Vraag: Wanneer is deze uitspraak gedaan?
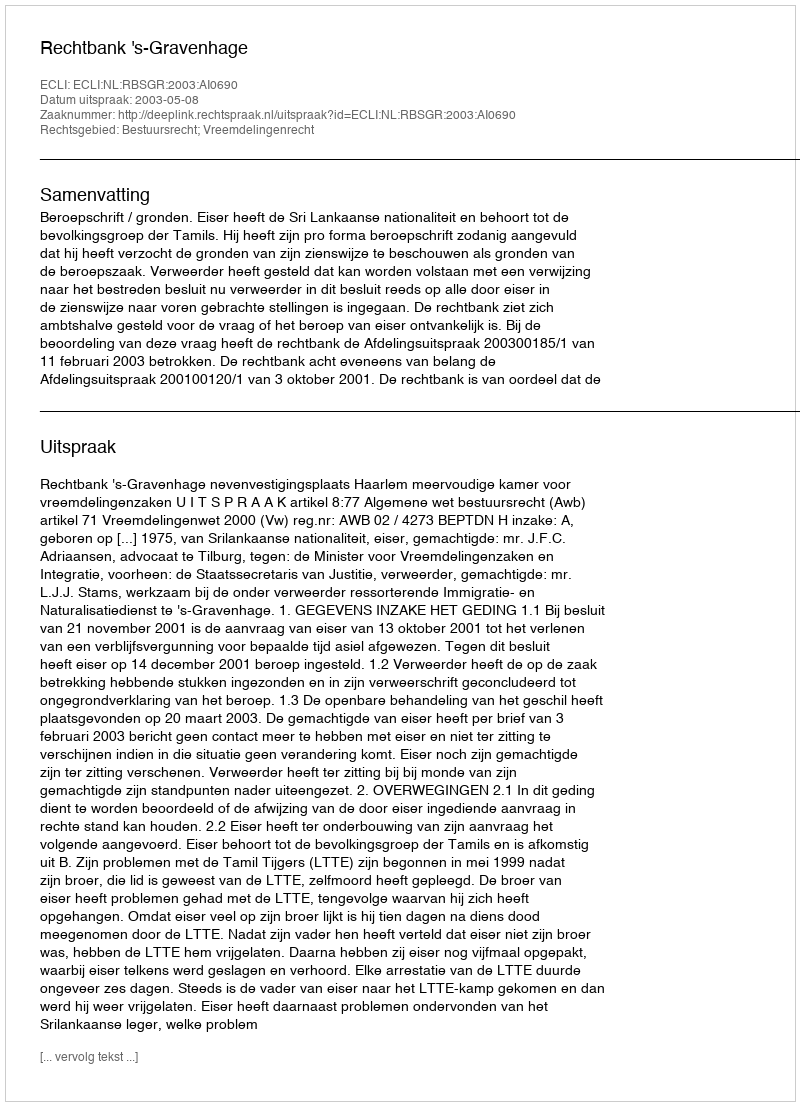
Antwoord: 2003-05-08